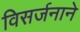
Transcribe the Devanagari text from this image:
विसर्जनाने